system: You are a helpful assistant.
user:
Analyze the provided spectrum to determine if it is a **"Cataclysmic Variables (CV)"**.

- **Key Indicators for CV (Check for either state):**
    - **State 1: Quiescent / Low-State (Emission-Dominated)**
        - **(Primary):** Strong and *very broad* Hydrogen Balmer emission lines (e.g., $H\alpha$ at 6563 Å, $H\beta$ at 4861 Å). The 'broadness' (high velocity dispersion, often FWHM > 1000 km/s) is the key diagnostic, indicating a high-velocity accretion disk.
        - **(Secondary):** Broad neutral Helium (He I) emission lines (e.g., 5876 Å, 6678 Å).
        - **(Key Confirmation):** Presence of high-excitation *ionized* Helium (He II) emission at 4686 Å. This is a strong indicator of accretion onto a white dwarf.
        - **(Line Profile):** Emission lines may exhibit a 'double-peaked' profile, which is a classic signature of a rotating accretion disk viewed at high inclination.

    - **State 2: Outburst / High-State (Absorption-Dominated)**
        - **(Primary):** Spectrum is dominated by a bright, blue continuum (looks like a hot star).
        - **(Secondary):** The emission lines from State 1 are weak, absent, or 'filled in', and are replaced by broad, shallow *absorption* lines (primarily Balmer and He I).
        - **(Morphology):** The overall spectrum mimics a hot B/A-type star. The crucial difference is that the absorption lines are significantly broader, shallower, and more 'washed-out' (or 'smeared') than the sharp lines of a normal stellar photosphere, due to high rotational speeds and pressure broadening in the disk.

Think first, call **spectral_visualization_tool** if needed to examine features in detail, then provide your final answer. Your response must adhere to the following strict rules:
1.  **Overall Structure:** Your response must follow the format `<think>...</think> <tool_call>...</tool_call> (if a tool is used) <answer>...</answer>`.
2.  **Tool Usage Constraint:** You may only make **one** tool call per turn.
3.  **Final Answer Format:** In the `<answer>` tag, your conclusion must be inside a `\boxed{}` command (e.g., `\boxed{YES}`), followed by your justification.

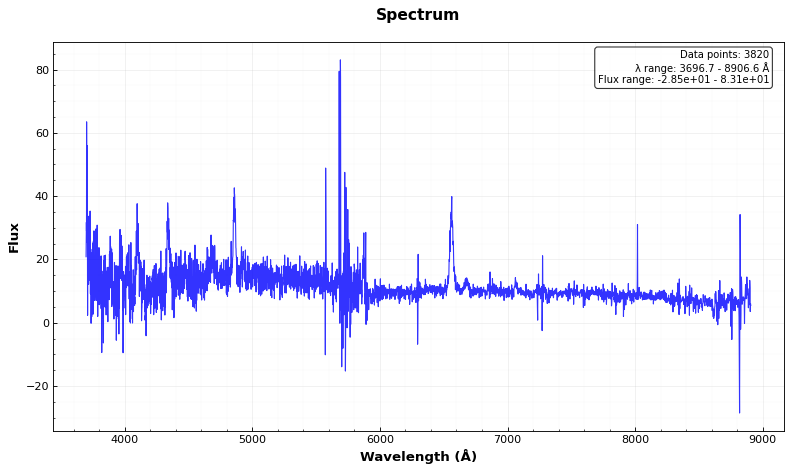
Answer: YES